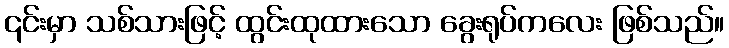
၎င်းမှာ သစ်သားဖြင့် ထွင်းထုထားသော ခွေးရုပ်ကလေး ဖြစ်သည်။